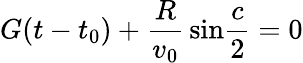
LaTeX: G(t-t_{0})+{\frac{R}{v_{0}}}\, \mathrm{sin}{\frac{c}{2}}=0